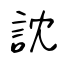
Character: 訦